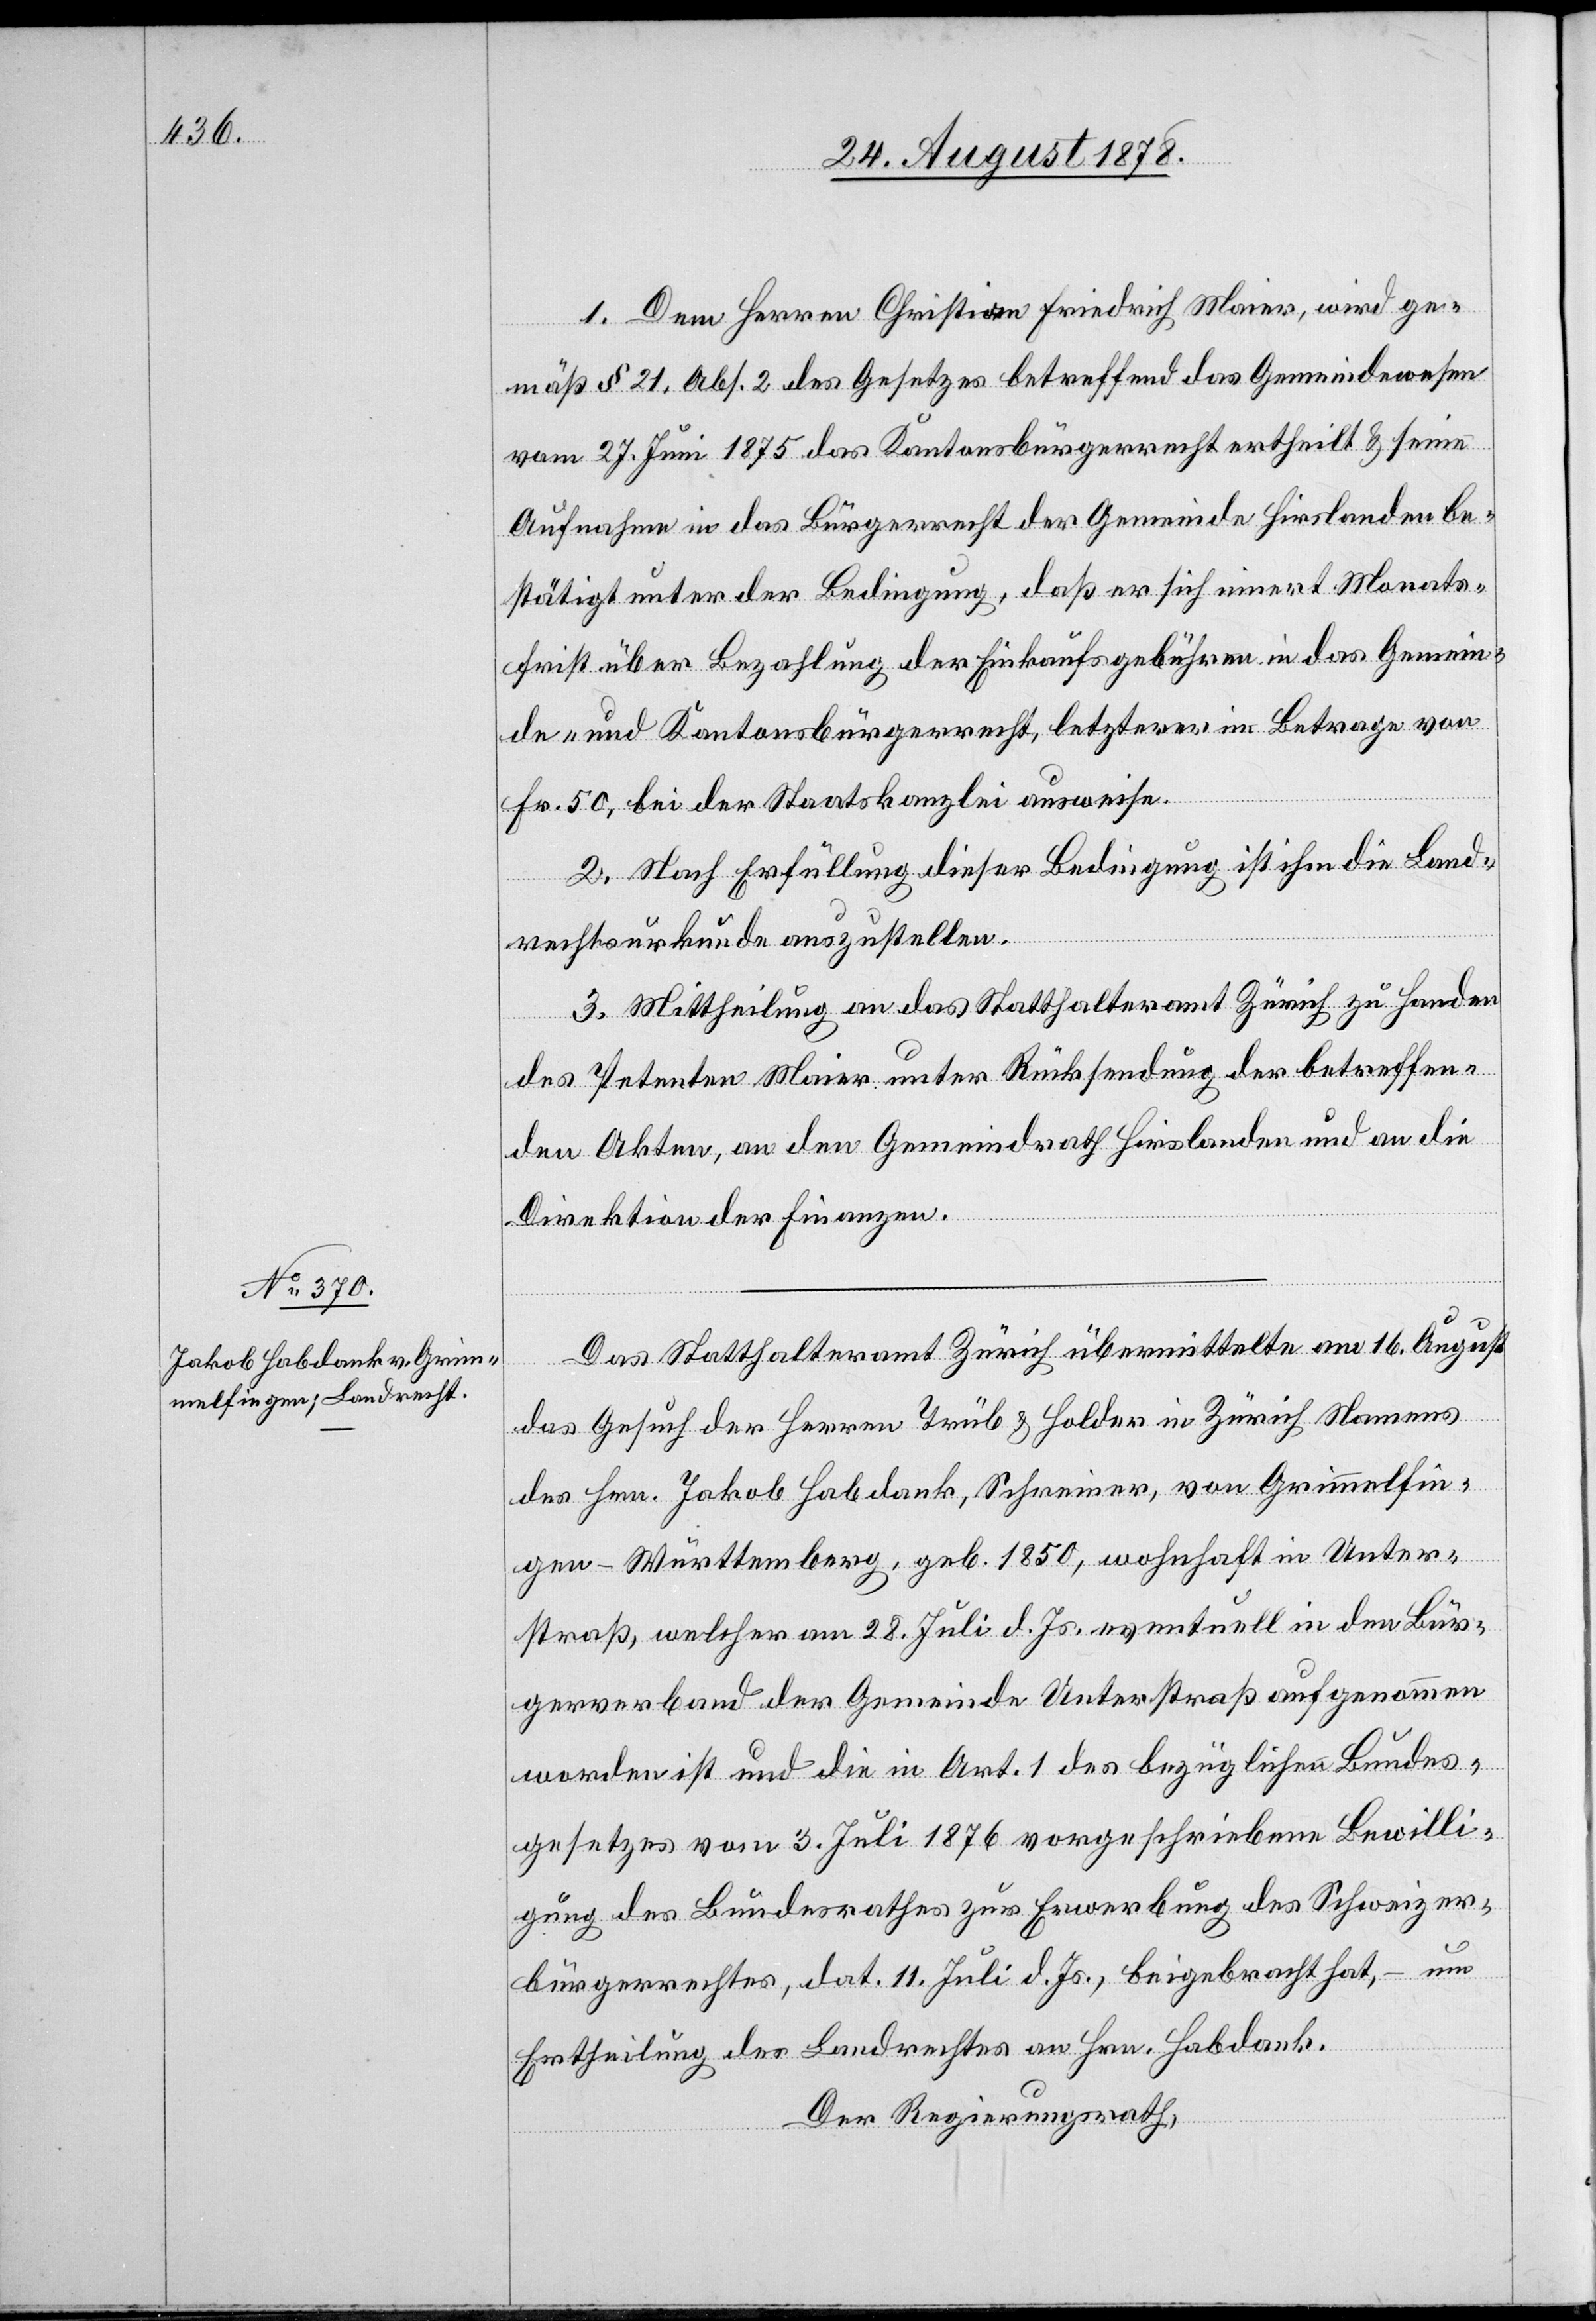
1. Dem Herren Christian Friedrich Maier, wird ge¬
mäß § 21, Abs. 2 des Gesetzes betreffend das Gemeindewesen
vom 27. Juni 1875 das Kantonsbürgerrecht ertheilt & seine
Aufnahme in das Bürgerrecht der Gemeinde Hirslanden be¬
stätigt unter der Bedingung, daß er sich innert Monats¬
frist über Bezahlung der Einkaufsgebühren in das Gemein¬
de- und Kantonsbürgerrecht, letzterer im Betrage von
Fr. 50, bei der Staatskanzlei ausweise.
2. Nach Erfüllung dieser Bedingung ist ihm die Land¬
rechtsurkunde auszustellen.
3. Mittheilung an das Statthalteramt Zürich zu Handen
des Petenten Maier unter Rücksendung der betreffen¬
den Akten, an den Gemeindrath Hirslanden und an die
Direktion der Finanzen.
Das Statthalteramt Zürich übermittelte am 16. August
das Gesuch der Herren Trüb & Holder in Zürich Namens
des Hrn. Jakob Habdank, Schreiner, von Grimmelfin¬
gen - Württemberg, geb. 1850, wohnhaft in Unter¬
straß, welcher am 28. Juli d. Js. eventuell in den Bür¬
gerverband der Gemeinde Unterstraß aufgenommen
worden ist und die in Art. 1 des bezüglichen Bundes¬
gesetzes vom 3. Juli 1876 vorgeschriebene Bewilli¬
gung des Bundesrathes zur Erwerbung des Schweizer¬
bürgerrechtes, dat. 11. Juli d. Js., beigebracht hat, – um
Ertheilung des Landrechtes an Hrn. Habdank.
Der Regierungsrath,